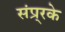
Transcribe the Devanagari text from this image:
संप्र्रके